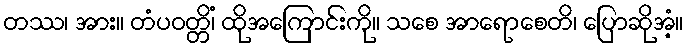
တဿ၊ အား။ တံပဝတ္တိံ၊ ထိုအကြောင်းကို။ သစေ အာရောစေတိ၊ ပြောဆိုအံ့။